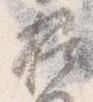
掃